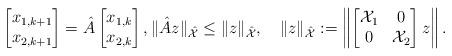
LaTeX: \begin{align*} \begin{bmatrix}x_{1, k+1}\\x_{2,k+1}\end{bmatrix}=\hat A\begin{bmatrix}x_{1,k}\\x_{2,k}\end{bmatrix},\|\hat A z\|_{\hat{\mathcal{X}}}\leq \|z\|_{\hat{\mathcal{X}}},\quad \|z\|_{\hat{\mathcal{X}}}:=\left\| \begin{bmatrix}\mathcal{X}_1&0\\0& \mathcal{X}_2\end{bmatrix}z\right\|. \end{align*}